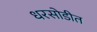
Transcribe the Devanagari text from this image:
धरसोडीत